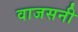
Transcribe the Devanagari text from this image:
वाजसनी